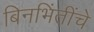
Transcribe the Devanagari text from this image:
बिनभिंतींचे